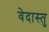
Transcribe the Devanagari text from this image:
वेदास्तु